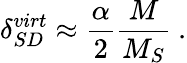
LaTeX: \delta_{SD}^{virt}\approx\frac{\alpha}{2}\frac{M}{M_{S}}\ .